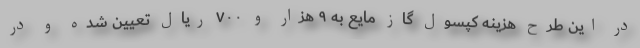
در این طرح هزینه کپسول گاز مایع به ۹ هزار و ۷۰۰ ریال تعیین شده و در